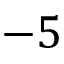
- 5